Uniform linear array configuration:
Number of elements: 48
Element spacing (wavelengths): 0.25
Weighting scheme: kaiser
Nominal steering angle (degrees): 60
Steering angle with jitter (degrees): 59.781
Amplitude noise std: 0.05
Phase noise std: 0.05

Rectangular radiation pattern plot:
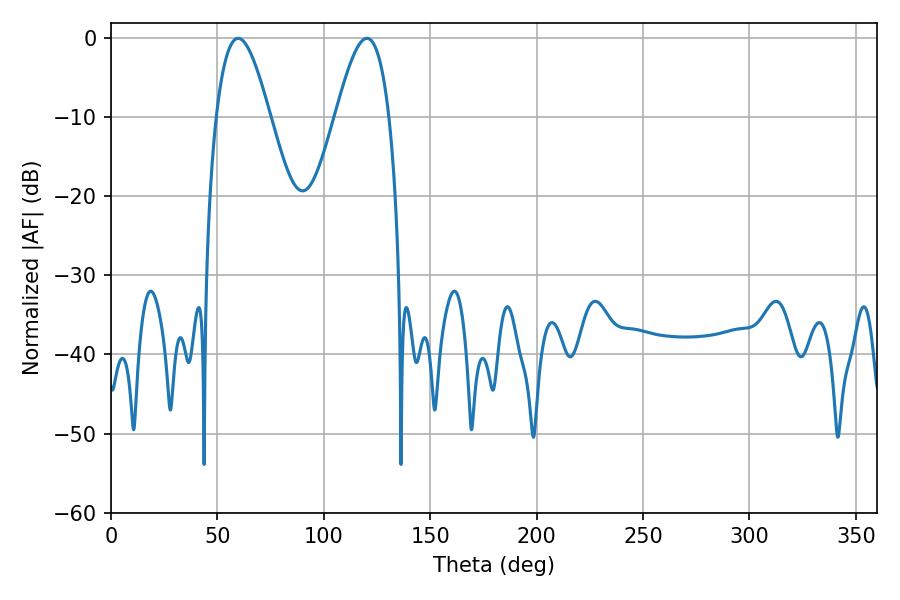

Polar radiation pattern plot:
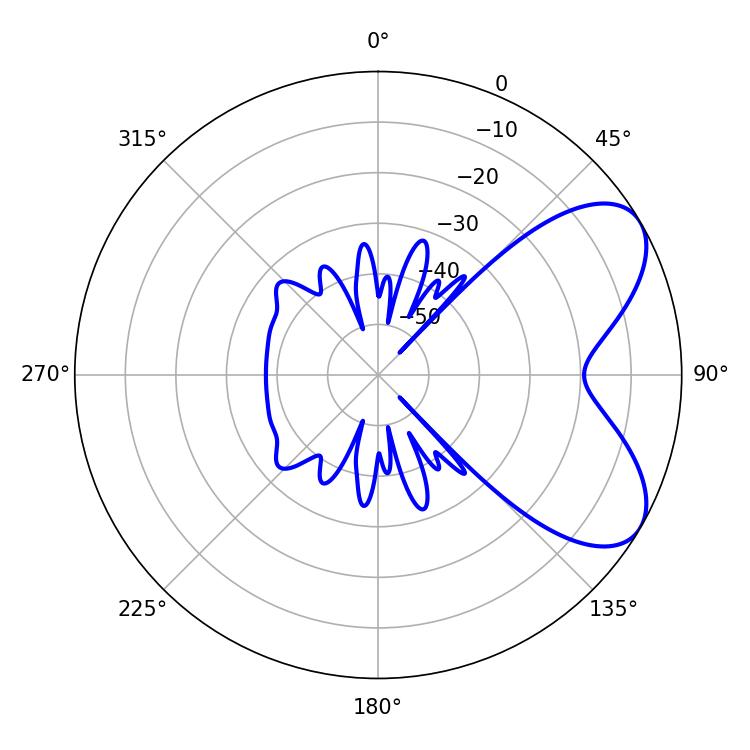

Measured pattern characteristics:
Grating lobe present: FALSE
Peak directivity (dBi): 6.423
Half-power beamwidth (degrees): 13.68
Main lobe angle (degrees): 59.76